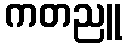
ကတညူ